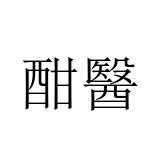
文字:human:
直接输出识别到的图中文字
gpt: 酣醫